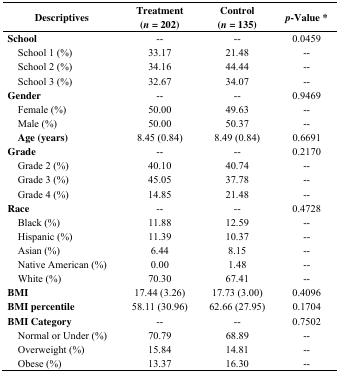
<table><thead><tr><td><b>Descriptives</b></td><td><b>Treatment (<i>n</i> = 202)</b></td><td><b>Control (<i>n</i> = 135)</b></td><td><b><i>p</i>-Value *</b></td></tr></thead><tbody><tr><td><b>School</b></td><td>--</td><td>--</td><td>0.0459</td></tr><tr><td> School 1 (%)</td><td>33.17</td><td>21.48</td><td>--</td></tr><tr><td> School 2 (%)</td><td>34.16</td><td>44.44</td><td>--</td></tr><tr><td> School 3 (%)</td><td>32.67</td><td>34.07</td><td>--</td></tr><tr><td><b>Gender</b></td><td>--</td><td>--</td><td>0.9469</td></tr><tr><td> Female (%)</td><td>50.00</td><td>49.63</td><td>--</td></tr><tr><td> Male (%)</td><td>50.00</td><td>50.37</td><td>--</td></tr><tr><td> <b>Age (years)</b></td><td>8.45 (0.84)</td><td>8.49 (0.84)</td><td>0.6691</td></tr><tr><td><b>Grade</b></td><td>--</td><td>--</td><td>0.2170</td></tr><tr><td> Grade 2 (%)</td><td>40.10</td><td>40.74</td><td>--</td></tr><tr><td> Grade 3 (%)</td><td>45.05</td><td>37.78</td><td>--</td></tr><tr><td> Grade 4 (%)</td><td>14.85</td><td>21.48</td><td>--</td></tr><tr><td><b>Race</b></td><td>--</td><td>--</td><td>0.4728</td></tr><tr><td> Black (%)</td><td>11.88</td><td>12.59</td><td>--</td></tr><tr><td> Hispanic (%)</td><td>11.39</td><td>10.37</td><td>--</td></tr><tr><td> Asian (%)</td><td>6.44</td><td>8.15</td><td>--</td></tr><tr><td> Native American (%)</td><td>0.00</td><td>1.48</td><td>--</td></tr><tr><td> White (%)</td><td>70.30</td><td>67.41</td><td>--</td></tr><tr><td><b>BMI</b></td><td>17.44 (3.26)</td><td>17.73 (3.00)</td><td>0.4096</td></tr><tr><td><b>BMI percentile</b></td><td>58.11 (30.96)</td><td>62.66 (27.95)</td><td>0.1704</td></tr><tr><td><b>BMI Category</b></td><td>--</td><td>--</td><td>0.7502</td></tr><tr><td> Normal or Under (%)</td><td>70.79</td><td>68.89</td><td>--</td></tr><tr><td> Overweight (%)</td><td>15.84</td><td>14.81</td><td>--</td></tr><tr><td> Obese (%)</td><td>13.37</td><td>16.30</td><td>--</td></tr></tbody></table>